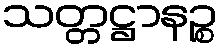
သတ္တဋ္ဌာနဉ္စ